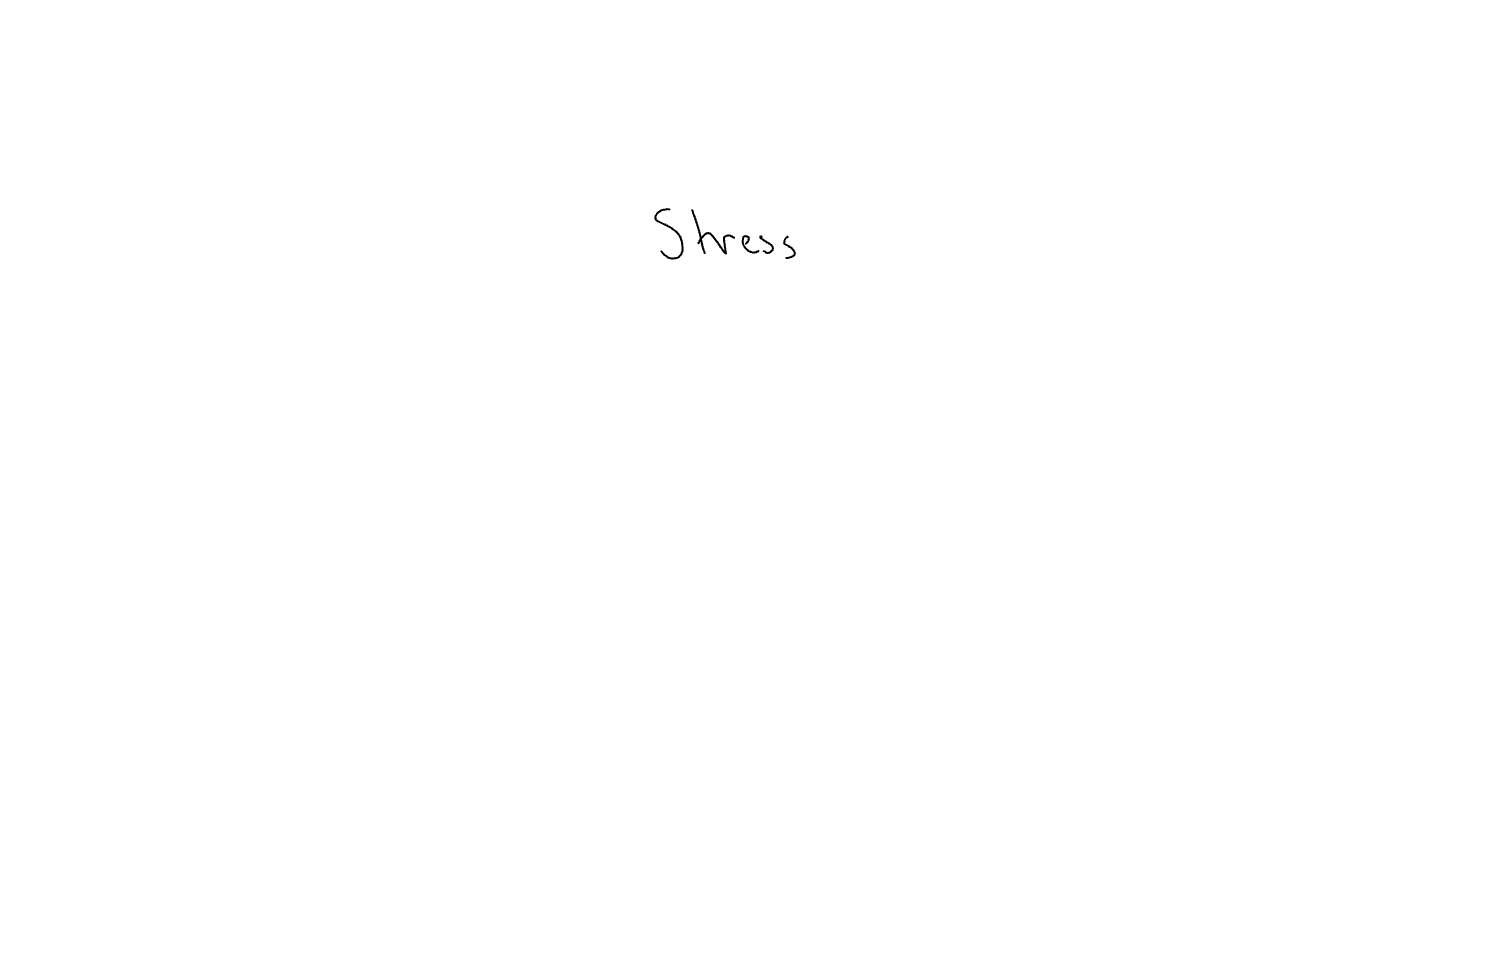
Text: Stress